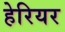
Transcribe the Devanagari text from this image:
हेरियर